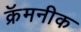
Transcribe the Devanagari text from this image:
क्रॅमनीक